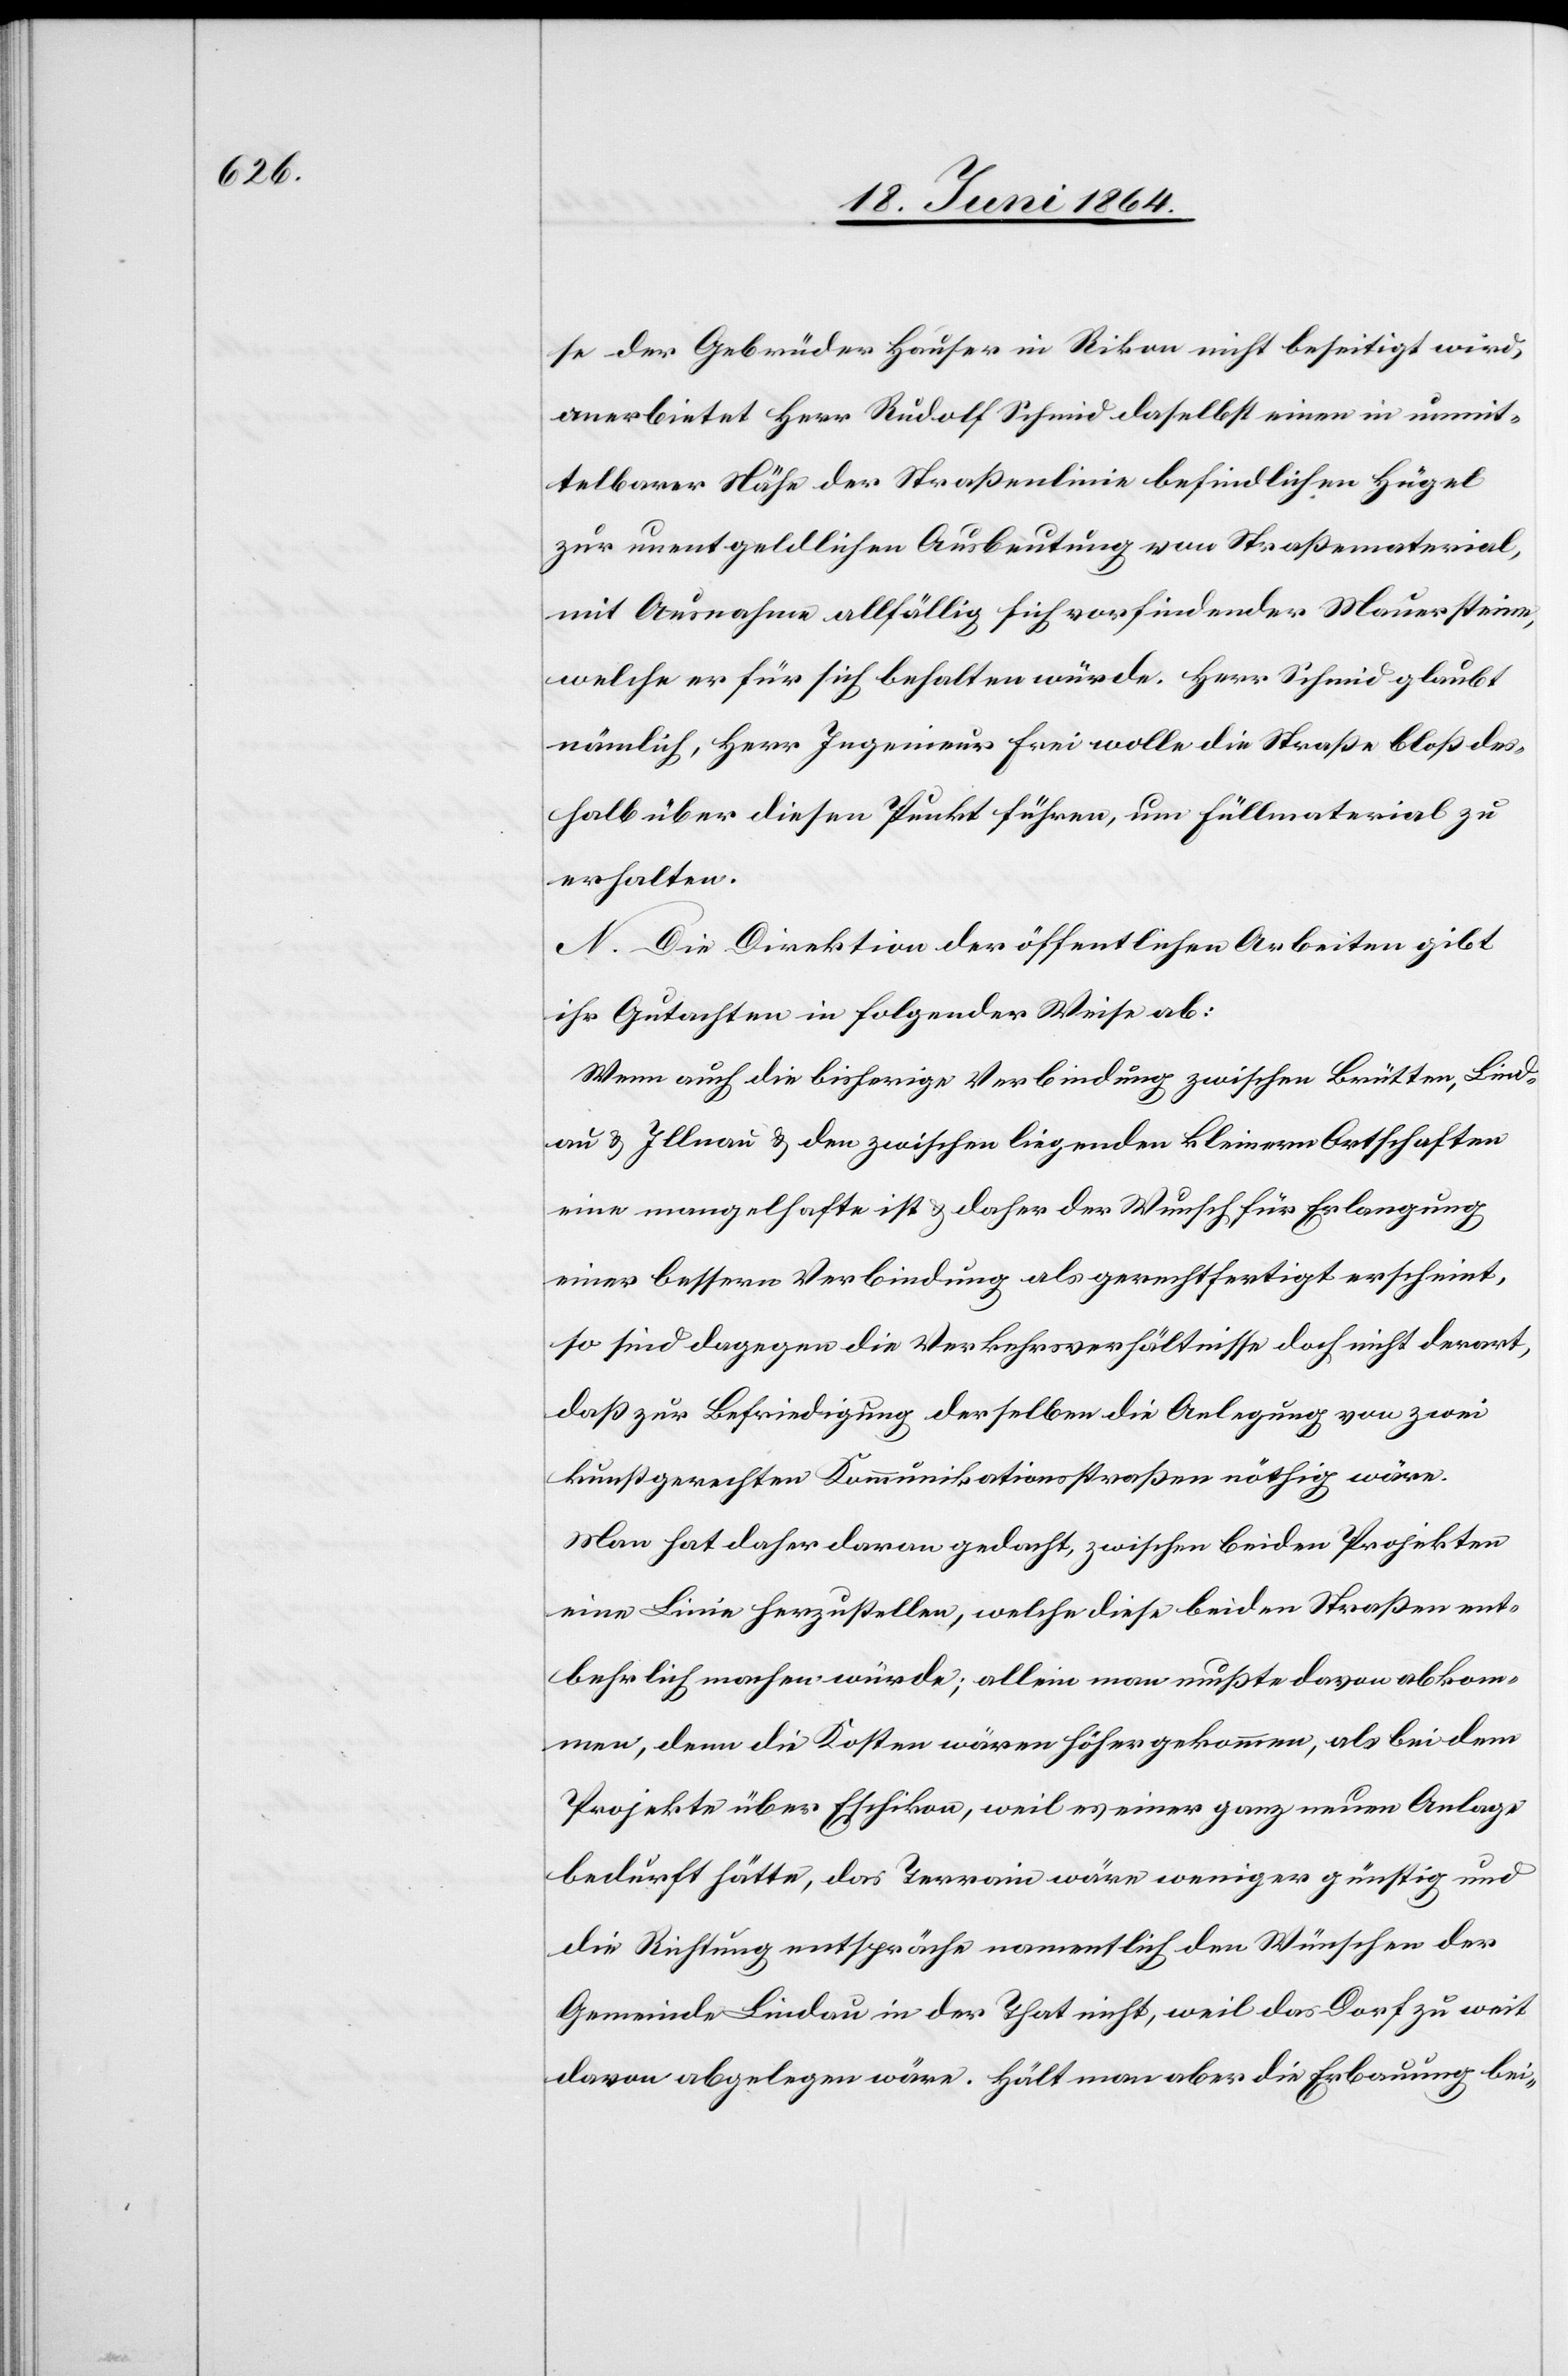
se der Gebrüder Hauser in Rikon nicht beseitigt wird,
anerbietet Herr Rudolf Schmid daselbst einen in unmit¬
telbarer Nähe der Straßenlinie befindlichen Hügel
zur unentgeldlichen Ausbeutung von Straßenmaterial,
mit Ausnahme allfällig sich vorfindender Mauersteine,
welche er für sich behalten würde. Herr Schmid glaubt
nämlich, Herr Ingenieur Frei wolle die Straße bloß des¬
halb über diesen Punkt führen, um Füllmaterial zu
erhalten.
N. Die Direktion der öffentlichen Arbeiten gibt
ihr Gutachten in folgender Weise ab:
Wenn auch die bisherige Verbindung zwischen Brütten, Lind¬
au u. Illnau u. den zwischen liegenden kleinern Ortschaften
eine mangelhafte ist u. daher der Wunsch für Erlangung
einer bessern Verbindung als gerechtfertigt erscheint,
so sind dagegen die Verkehrsverhältnisse doch nicht derart,
daß zur Befriedigung derselben die Anlegung von zwei
kunstgerechten Kommunikationsstraßen nöthig wäre.
Man hat daher daran gedacht, zwischen beiden Projekten
eine Linie herzustellen, welche diese beiden Straßen ent¬
behrlich machen würde; allein man mußte davon abkom¬
men, denn die Kosten wären höher gekommen, als bei dem
Projekte über Eschikon, weil es einer ganz neuen Anlage
bedurft hätte, das Terrain wäre weniger günstig und
die Richtung entspräche namentlich den Wünschen der
Gemeinde Lindau in der That nicht, weil das Dorf zu weit
davon abgelegen wäre. Hält man aber die Erbauung bei-